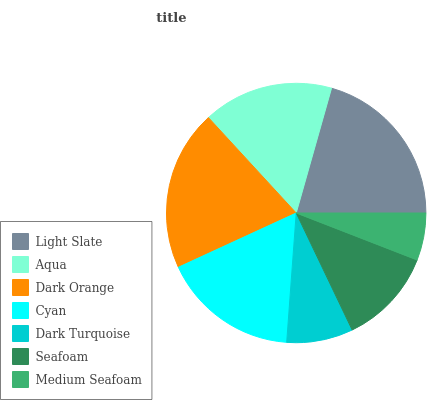
| Light Slate | Aqua | Dark Orange | Cyan | Dark Turquoise | Seafoam | Medium Seafoam |
 | --- | --- | --- | --- | --- | --- | --- |
 | 20.7% | 16.2% | 20% | 17% | 8.26% | 12% | 5.89% |